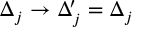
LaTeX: \Delta _ { j } \rightarrow \Delta _ { j } ^ { \prime } = \Delta _ { j }